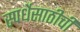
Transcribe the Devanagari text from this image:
स्पर्धेसाठीची